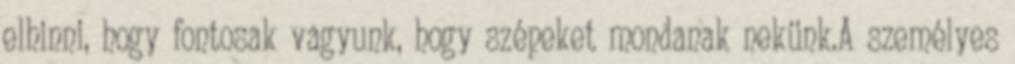
elhinni, hogy fontosak vagyunk, hogy szépeket mondanak nekünk.A személyes